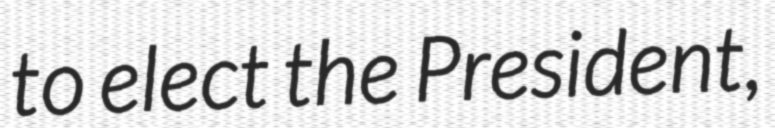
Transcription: to elect the President,